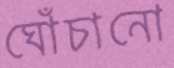
ঘোঁচানো